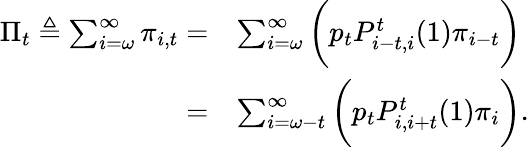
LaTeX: \begin{array}{rl}{\Pi_{t}\triangleq\sum_{i=\omega}^{\infty}\pi_{i,t}=}&{\sum_{i=\omega}^{\infty}\bigg(p_{t}P_{i-t,i}^{t}(1)\pi_{i-t}\bigg)}\\ {=}&{\sum_{i=\omega-t}^{\infty}\bigg(p_{t}P_{i,i+t}^{t}(1)\pi_{i}\bigg).}\end{array}